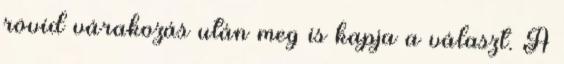
rövid várakozás után meg is kapja a választ. A